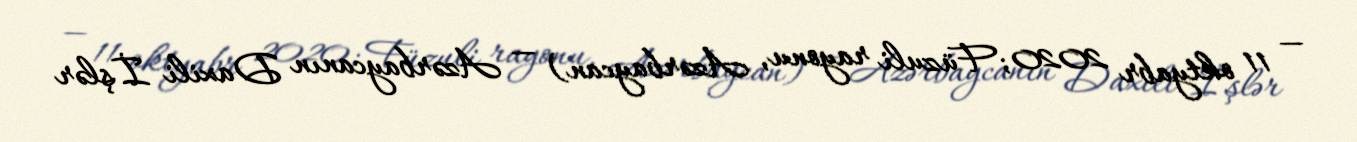
— 11 oktyabr 2020; Füzuli rayonu, Azərbaycan) — Azərbaycanın Daxili İşlər